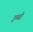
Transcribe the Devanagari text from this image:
इब्बी